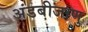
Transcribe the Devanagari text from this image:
अंडबीजाणु